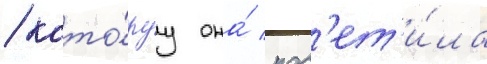
/ кото́руу она́ пос'ет'и́ла